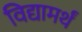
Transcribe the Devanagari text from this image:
विद्यामर्थं